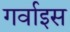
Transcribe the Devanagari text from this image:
गर्वाइस